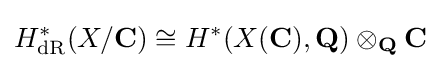
H_{\mathrm {dR} }^{\ast }(X/\mathbf {C} )\cong H^{\ast }(X(\mathbf {C} ),\mathbf {Q} )\otimes _{\mathbf {Q} }\mathbf {C}